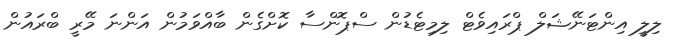
ލިލީ އިންޓަނޭޝަލް ޕްރައިވެޓް ލިމިޓެޑުން ސްޕޮންސާ ކޮށްގެން ބާއްވަމުން އަންނަ މޭރީ ބްރައުން